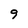
Character: 9